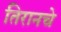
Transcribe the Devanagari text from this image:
तिरानचे